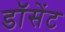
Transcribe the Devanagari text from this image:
डॉसेंट